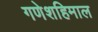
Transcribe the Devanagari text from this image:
गणेशहिमाल